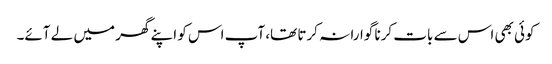
کوئی بھی اس سے بات کرنا گوارا نہ کرتا تھا، آپ اس کو اپنے گھر میں لے آئے۔